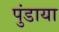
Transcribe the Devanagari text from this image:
पुंडाया